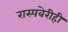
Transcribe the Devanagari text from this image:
रास्पबेरीही